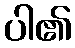
ပါ၏